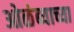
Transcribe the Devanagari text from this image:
ओळंब्याच्या